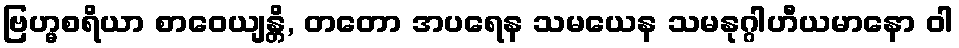
ဗြဟ္မစရိယာ စာဝေယျန္တိ, တတော အပရေန သမယေန သမနုဂ္ဂါဟီယမာနော ဝါ